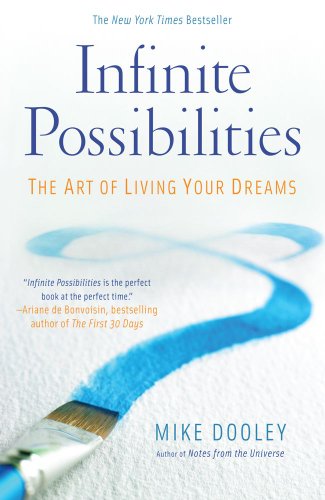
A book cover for Infinite Possibilities: The Art of Living Your Dreams; Mike Dooley; Politics & Social Sciences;